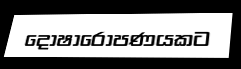
දෝෂාරෝපණයකට